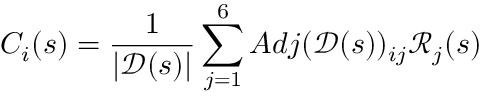
C _ { i } ( s ) = \frac { 1 } { | \mathscr { D } ( s ) | } \sum _ { j = 1 } ^ { 6 } A d j ( \mathscr { D } ( s ) ) _ { i j } \mathscr { R } _ { j } ( s )